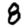
Digit: 8